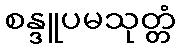
စန္ဒူပမသုတ္တံ